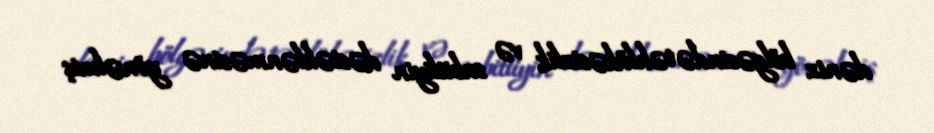
dəniz bölgəsində təhlükəsizlik və sabitliyin dəstəklənməsinə yönəlmiş